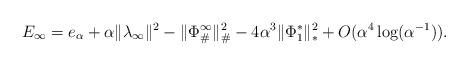
LaTeX: \begin{align*}E_{\infty} = e_{\alpha} + \alpha \|\lambda_{\infty}\|^2 - \|\Phi_{\#}^{\infty}\|^2_{\#} - 4\alpha^3 \|\Phi_1^*\|^2_{*} + O(\alpha^4 \log(\alpha^{-1})).\end{align*}